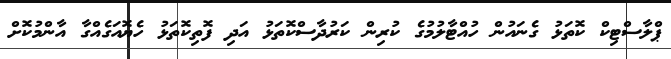
ޕްލާސްޓިކް ކޮތަޅު ގެނައުން ހުއްޓާލުމުގެ ކުރިން ކަރުދާސްކޮތަޅު އަދި ފޮތިކޮތަޅު ހެޔޮއަގެއްގާ އާންމުކޮށް